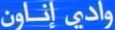
واديً إِنْلَ